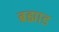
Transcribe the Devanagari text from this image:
ब्रह्माड